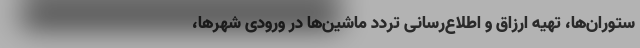
ستوران‌ها، تهیه ارزاق و اطلاع‌رسانی تردد ماشین‌ها در ورودی شهرها،